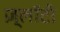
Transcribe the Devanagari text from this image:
ज़्लॉटी